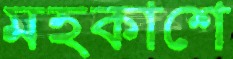
মহকাশে